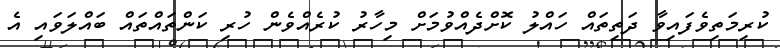
ކުރިމަތިވެފައިވާ ދަތިތައް ހައްލު ކޮށްދެއްވުމަށް މިހާރު ކުރެއްވެން ހުރި ކަންތައްތައް ބައްލަވައި އެ